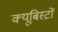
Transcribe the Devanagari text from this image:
क्यूबिस्टों